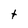
Character: t